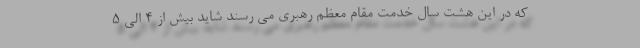
که در این هشت سال خدمت مقام معظم رهبری می رسند شاید بیش از ۴ الی ۵